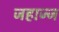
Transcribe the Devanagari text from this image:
जहाज्ज